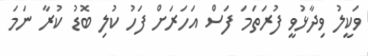
ވަކީލު ވިދާޅުވީ ފުރަތަމަ ފަސް އަހަރަށް ފަހު ކުލި ބޮޑު ކުރާ ނަމަ